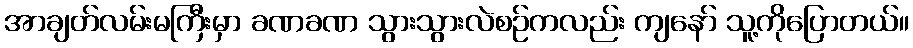
အာချတ်လမ်းမကြီးမှာ ခဏခဏ သွားသွားလဲစဉ်ကလည်း ကျနော် သူ့ကိုပြောတယ်။